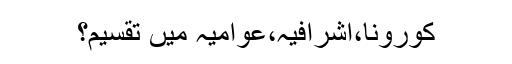
کورونا،اشرافیہ،عوامیہ میں تقسیم؟